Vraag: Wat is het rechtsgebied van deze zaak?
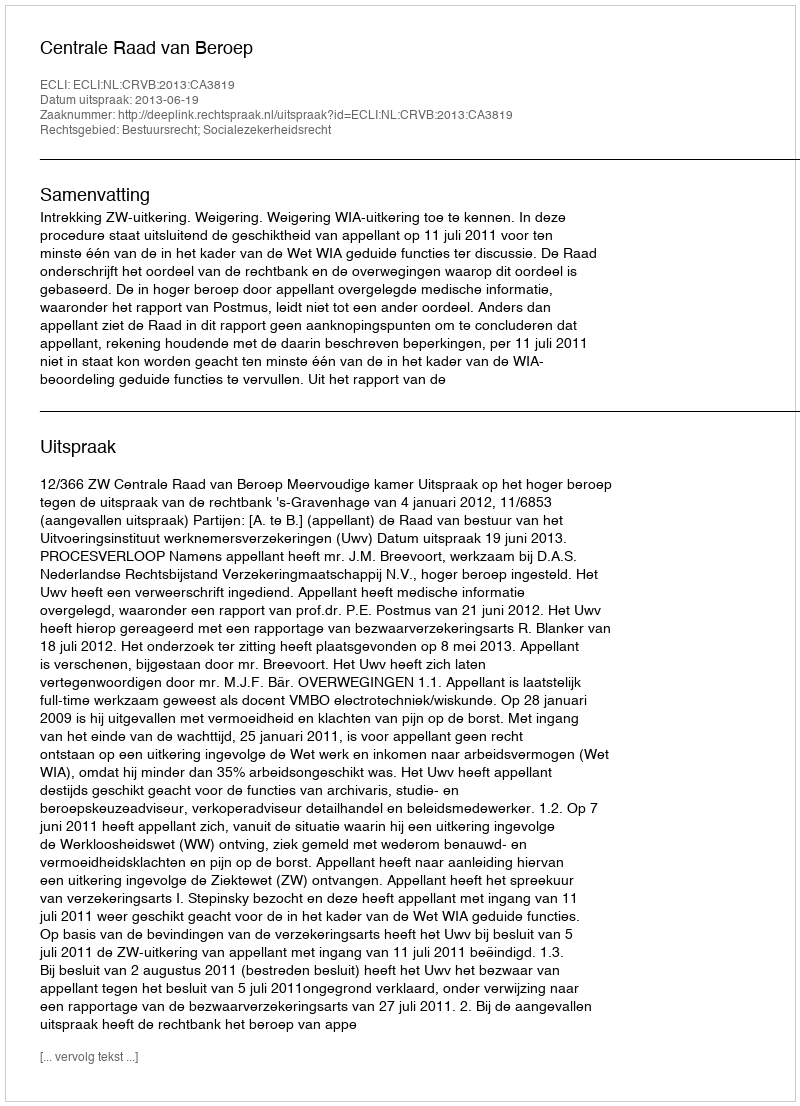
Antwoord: Bestuursrecht; Socialezekerheidsrecht